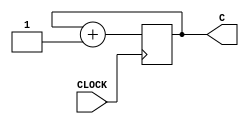
`timescale 1ns / 1ps

//count the number of interval to indicate when 1 more LED should be ON

module evl(input CLOCK, output reg [2:0] C = 3'b000 );

    always @ (posedge CLOCK) begin
        C <=(C + 1);
    end
    
endmodule